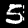
Digit: 5